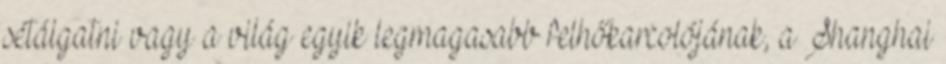
sétálgatni vagy a világ egyik legmagasabb felhőkarcolójának, a Shanghai